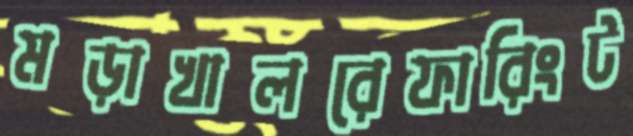
মড়াখালরেফারিংট